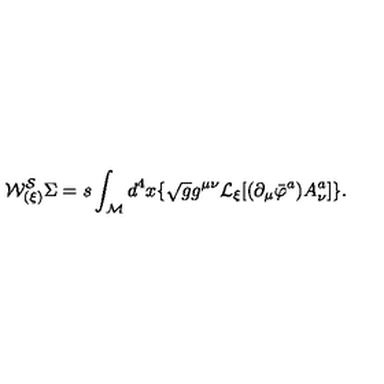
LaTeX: { \cal W _ { ( \xi ) } ^ { S } } \Sigma = s \int _ { \cal M } d ^ { 4 } x \lbrace \sqrt { g } g ^ { \mu \nu } { \cal L } _ { \xi } \lbrack ( \partial _ { \mu } \bar { \varphi } ^ { a } ) A _ { \nu } ^ { a } \rbrack \rbrace .